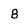
Character: B